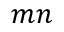
m n